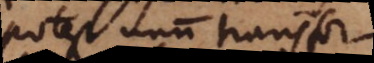
potest unum transformari